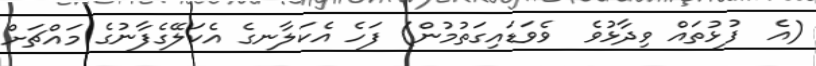
(އެ  ފުޅުތައް ވިދާޅުވެ  ވެވަޑައިގަތުމުން) ފަހެ އެކަލާނގެ އެކަލޭގެފާނުގެ މައްޗަށް